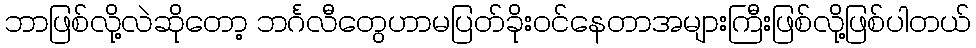
ဘာဖြစ်လို့လဲဆိုတော့ ဘင်္ဂလီတွေဟာမပြတ်ခိုးဝင်နေတာအများကြီးဖြစ်လို့ဖြစ်ပါတယ်